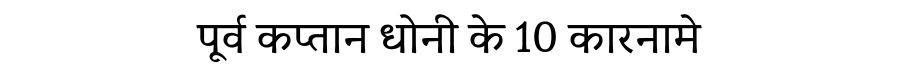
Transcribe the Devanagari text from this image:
पूर्व कप्तान धोनी के 10 कारनामे